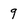
Character: 9